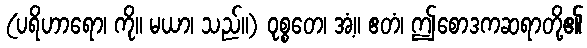
(ပရိဟာရော၊ ကို။ မယာ၊ သည်။) ဝုစ္စတေ၊ အံ့။ ဧတံ၊ ဤစောဒကဆရာတို့၏